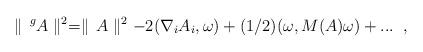
LaTeX: \begin{align*}\parallel \, ^g A \parallel^2 = \parallel \, A \parallel^2- 2 ( \nabla_i A_i, \omega) + (1/2) (\omega, M(A) \omega) + ... \; \; ,\end{align*}